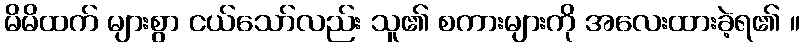
မိမိထက် များစွာ ငယ်သော်လည်း သူ၏ စကားများကို အလေးထားခဲ့ရ၏ ။